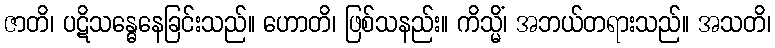
ဇာတိ၊ ပဋိသန္ဓေနေခြင်းသည်။ ဟောတိ၊ ဖြစ်သနည်း။ ကိသ္မိံ၊ အဘယ်တရားသည်။ အသတိ၊